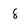
Character: 8